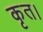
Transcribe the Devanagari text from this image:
कृत।